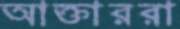
আক্তাররা